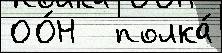
ОО́Н   полка́